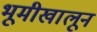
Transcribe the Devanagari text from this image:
भूमीखालून